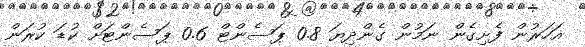
އަހަރުން ފެށިގެން ނަމުން ގެންދިޔަ 0.8 ޕަސެންޓް 0.6 ޕަސެންޓަށް ކުޑަ ކުރަން